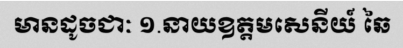
មានដូចជាៈ ១.នាយឧត្តមសេនីយ៍ ឆៃ